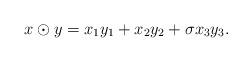
LaTeX: \begin{align*} x\odot y=x_{1}y_{1}+x_{2}y_{2}+\sigma x_{3}y_{3}. \end{align*}